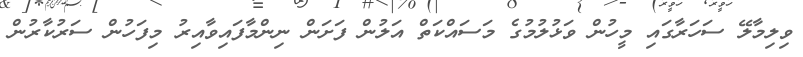
ވިލިމާލޭ ސަހަރާގައި މީހުން ވަޅުލުމުގެ މަސައްކަތް އަލުން ފަށަން ނިންމާފައިވާއިރު މިފަހުން ސަރުކާރުން